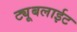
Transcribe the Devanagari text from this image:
ट्यूबलाईट